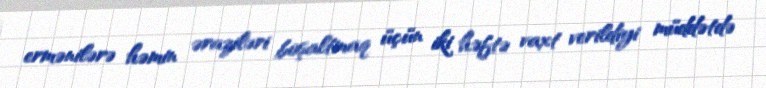
ermənilərə həmin əraziləri boşaltmaq üçün iki həftə vaxt verildiyi müddətdə